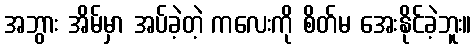
အဘွား အိမ်မှာ အပ်ခဲ့တဲ့ ကလေးကို စိတ်မ အေးနိုင်ခဲ့ဘူး။